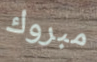
مبروك